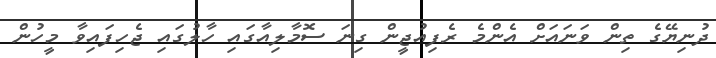
ދުނިޔޭގެ ތިން ވަނައަށް އެންމެ ރެފިއުޖީން ގިނަ ސޮމާލިއާގައި ހާލުގައި ޖެހިފައިވާ މީހުން